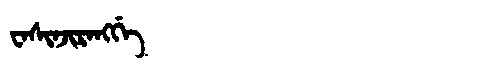
Manchu: ᠸᠠᠰᡳᠨᠵᡳᡵᠠᠩᡤᡝ
Romanization: WASINJIRANGGE